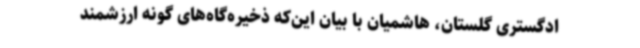
ادگستری گلستان، هاشمیان با بیان این‌که ذخیره‌گاه‌های گونه ارزشمند